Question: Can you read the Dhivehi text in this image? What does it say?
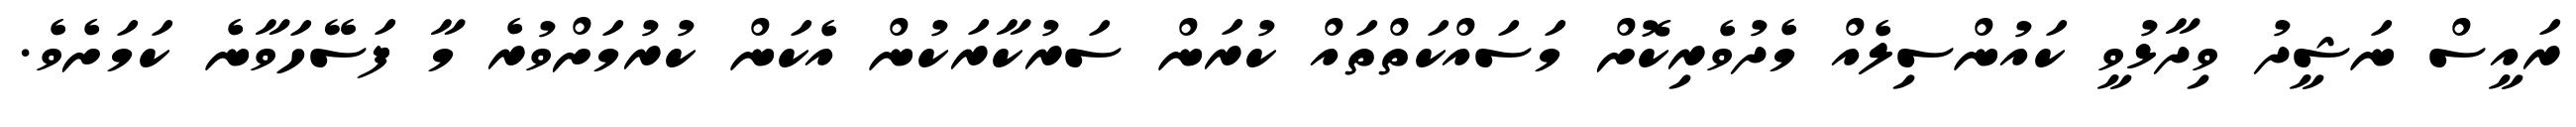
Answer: ރައީސް ނަޝީދު ވިދާޅުވީ ކައުންސިލެއް މެދުވެރިކޮށް މަސައްކަތްތައް ކުރަން ސަރުކާރަކުން އެކަން ކުރުމަށްވުރެ މާ ފަސޭހަވާނެ ކަމަށެވެ.